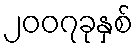
၂၀၀၇ခုနှစ်